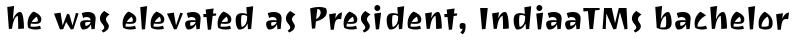
he was elevated as President, IndiaaTMs bachelor